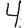
Digit: 4